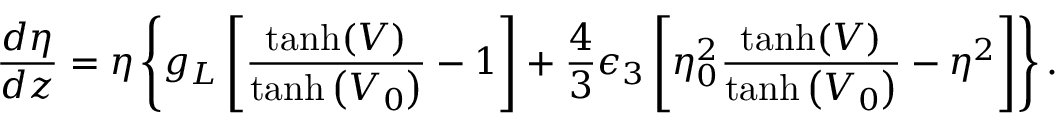
\frac { d \eta } { d z } = \eta \left\lbrace g _ { L } \left[ \frac { \operatorname { t a n h } ( V ) } { \operatorname { t a n h } \left( V _ { 0 } \right) } - 1 \right] + \frac { 4 } { 3 } \epsilon _ { 3 } \left[ \eta _ { 0 } ^ { 2 } \frac { \operatorname { t a n h } ( V ) } { \operatorname { t a n h } \left( V _ { 0 } \right) } - \eta ^ { 2 } \right] \right\rbrace .